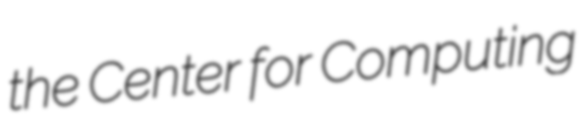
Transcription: the Center for Computing